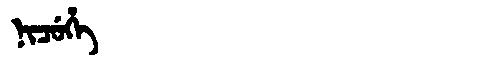
Manchu: ᠨᡳᠴᡠᡥᡝ
Romanization: NICUHE